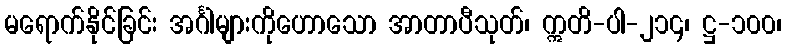
မရောက်နိုင်ခြင်း အင်္ဂါများကိုဟောသော အာတာပီသုတ်၊ ဣတိ-ပါ-၂၁၄၊ ဋ္ဌ-၁၀၀၊